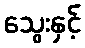
သွေးနှင့်